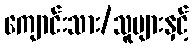
ကျောင်းသား/သူများနှင့်